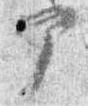
部